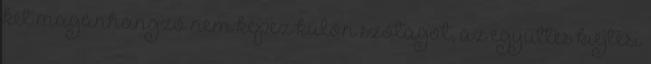
két magánhangzó nem képez külön szótagot, az együttes kiejtési